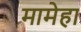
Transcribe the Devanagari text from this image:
मामेहा